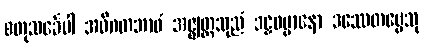
စတုသင်္ခေပါ အဓိဂတဘာဝံ အဇ္ဈတ္တသုညံ ဒဠှဓမ္မာနော ဒဿေတဗ္ဗေသု